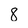
Character: 8